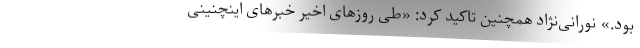
بود.» نورانی‌نژاد همچنین تاکید کرد: «طی روزهای اخیر خبرهای اینچنینی